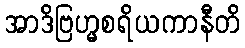
အာဒိဗြဟ္မစရိယကာနီတိ